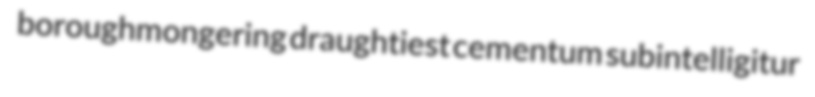
boroughmongering draughtiest cementum subintelligitur